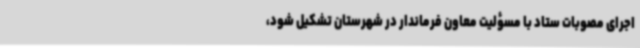
اجرای مصوبات ستاد با مسؤلیت معاون فرماندار در شهرستان تشکیل شود،